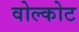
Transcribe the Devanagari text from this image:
वोल्कोट